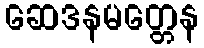
ဆေဒနမတ္တေန